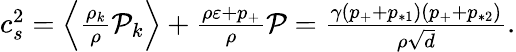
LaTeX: \begin{array}{r}{c_{s}^{2}=\Big\langle\frac{\rho_{k}}{\rho}\mathcal{P}_{k}\Big\rangle+\frac{\rho\varepsilon+p_{+}}{\rho}\mathcal{P}=\frac{\gamma(p_{+}+p_{*1})(p_{+}+p_{*2})}{\rho\sqrt{d}}.}\end{array}